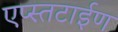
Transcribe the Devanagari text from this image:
एप्स्तटाईण